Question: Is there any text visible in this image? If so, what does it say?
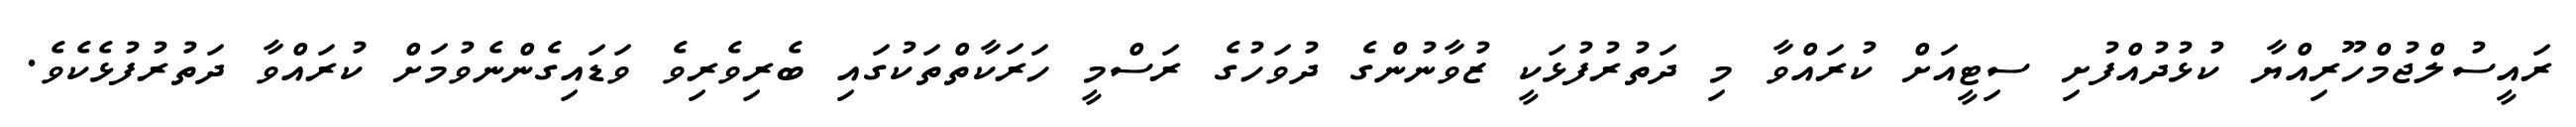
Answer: ރައީސުލްޖުމްހޫރިއްޔާ ކުޅުދުއްފުށި ސިޓީއަށް ކުރައްވާ މި ދަތުރުފުޅަކީ ޒުވާނުންގެ ދުވަހުގެ ރަސްމީ ހަރަކާތްތަކުގައި ބެރިވެރިވެ ވަޑައިގެންނެވުމަށް ކުރައްވާ ދަތުރުފުޅެކެވެ.